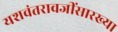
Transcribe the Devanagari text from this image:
यशवंतरावजींसारख्या